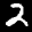
Label: 2